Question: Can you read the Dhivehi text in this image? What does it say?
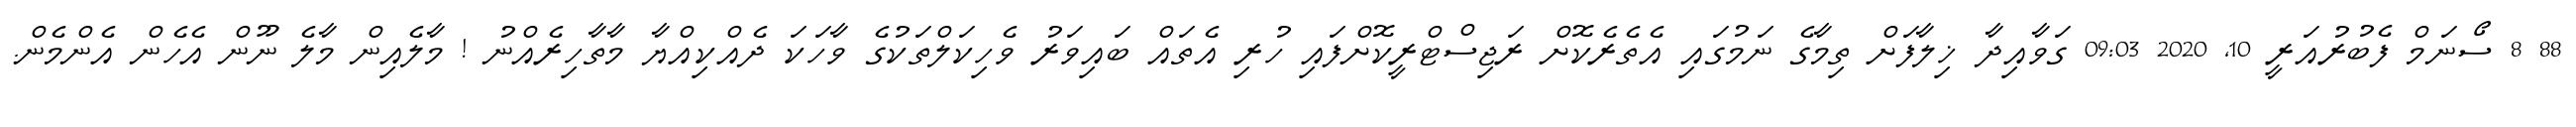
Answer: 88 8 ސޯނަމް ފެބުރުއަރީ 10, 2020 09:03 ގަވާއިދާ ޚިލާފަށް ތިމާގެ ނަމުގައި އެތެރެކޮށް ރަޖިސްޓްރީކޮށްފައި ހުރި އެތައް ބައިވަރު ވެހިކަލްތަކުގެ ވާހަކަ ދެއްކިއްޔާ މާތާހިރެއްނު ! މާލެއިން މާލެ ނޫން އެހެން އެންމެން.